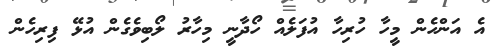
އެ އަންހެން މީހާ ހުރިހާ އުފަލެއް ހޯދާނީ މިހާރު ލޯބިވެގެން އުޅޭ ފިރިހެން